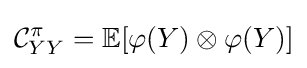
{\mathcal {C}}_{YY}^{\pi }=\mathbb {E} [\varphi (Y)\otimes \varphi (Y)]